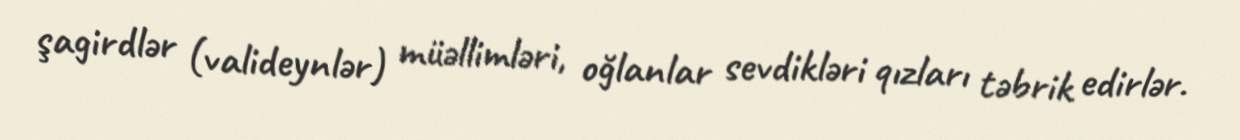
şagirdlər (valideynlər) müəllimləri, oğlanlar sevdikləri qızları təbrik edirlər.